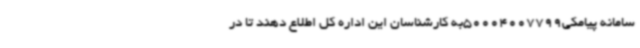
سامانه پیامکی50004007799به کارشناسان این اداره کل اطلاع دهند تا در